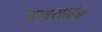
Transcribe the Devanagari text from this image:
बाबसाहेब